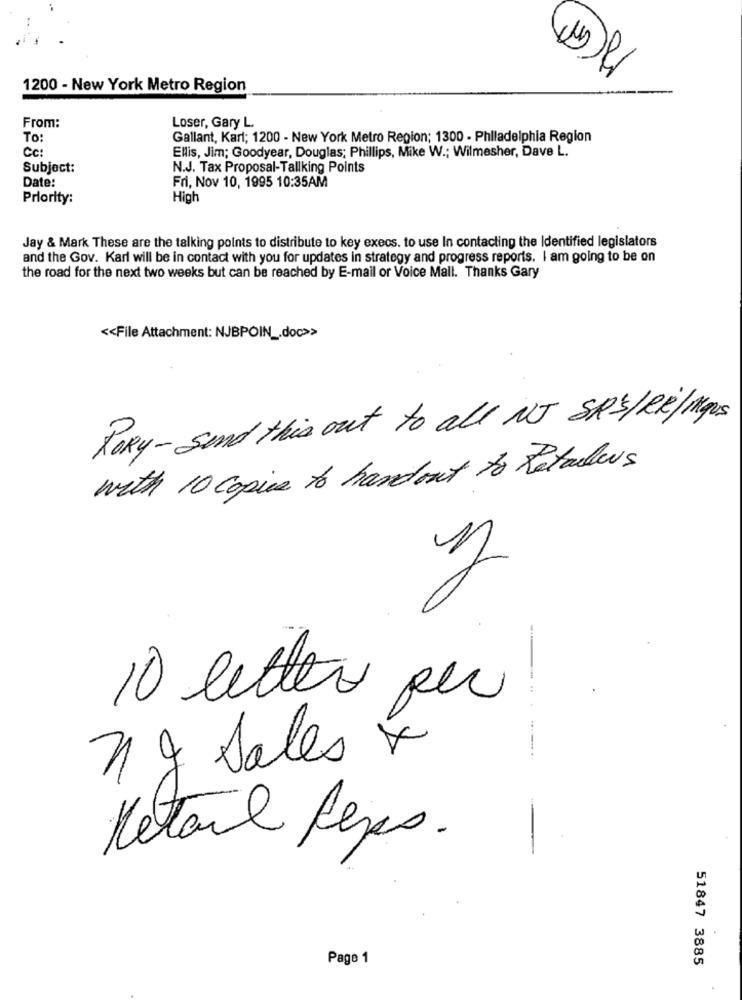
1200 - New York Metro Region
From:
Loser, Gary L.
To:
Gallant, Karl; 1200 - New York Metro Region; 1300 - Philadelphia Region
Cc:
Ellis, Jim; Goodyear, Douglas; Phillips, Mike W .; Wilmesher, Dave L.
Subject:
N.J. Tax Proposal-Tallking Points
Date:
Fri, Nov 10, 1995 10:35AM
Priority:
High
Jay & Mark These are the talking points to distribute to key execs. to use In contacting the Identified legislators
and the Gov. Karl will be in contact with you for updates in strategy and progress reports. I am going to be on
the road for the next two weeks but can be reached by E-mail or Voice Mall. Thanks Gary
<< File Attachment: NJBPOIN _. doc>>
PORy- send this out to all NJ SRS/R/mus
with 10 copies to handout to Retailers
10 lettes per
ng sales x
Retail Reps.
Page 1
51847 3885